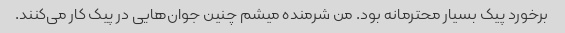
برخورد پیک بسیار محترمانه بود. من شرمنده میشم چنین جوان‌هایی در پیک کار می‌کنند.